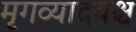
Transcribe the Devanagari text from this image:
मृगव्यादयश्च